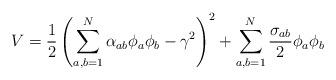
LaTeX: \begin{align*}V=\frac{1}{2} \left( \sum_{a,b=1}^N \alpha_{ab} \phi_a \phi_b -\gamma^2 \right)^2+\sum_{a,b=1}^N \frac{\sigma_{ab}}{2} \phi_a \phi_b\end{align*}